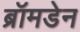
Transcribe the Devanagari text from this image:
ब्रॉमडेन